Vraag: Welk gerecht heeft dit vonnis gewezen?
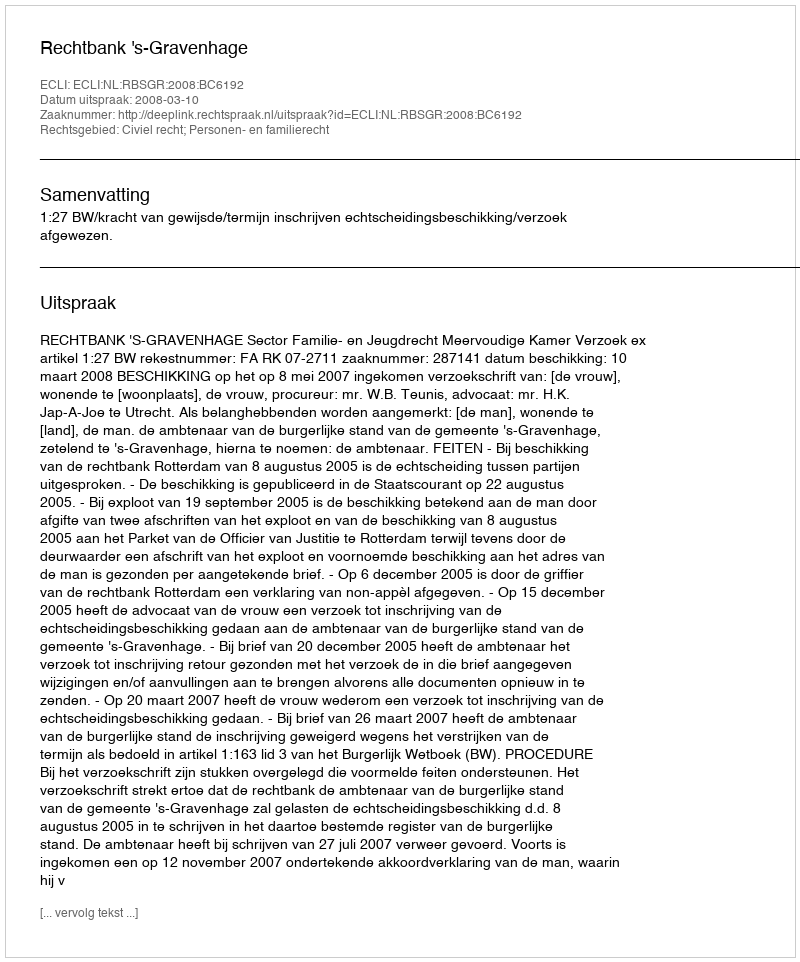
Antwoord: Rechtbank 's-Gravenhage